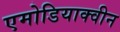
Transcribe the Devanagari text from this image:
एमोडियाक्वीन